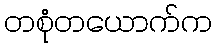
တစုံတယောက်က